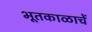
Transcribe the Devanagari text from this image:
भूतकाळाचें